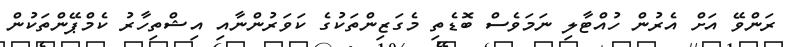
ރަންވޭ އަށް އެރުން ހުއްޓާލި ނަމަވެސް ބޮޑެތި މެގަޒިންތަކުގެ ކަވަރުންނާއި އިޝްތިހާރު ކެމްޕޭންތަކުން